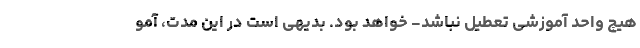
هیچ واحد آموزشی تعطیل نباشد- خواهد بود. بدیهی است در این مدت، آمو